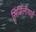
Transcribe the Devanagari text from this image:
सिसिलीयाई